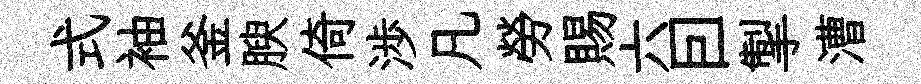
式袖釜腴倚渉凡勞賜六囙掣漕